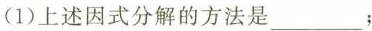
(1)上述因式 分解的方法是___;